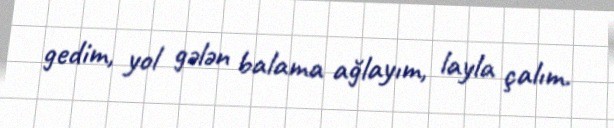
gedim, yol gələn balama ağlayım, layla çalım.